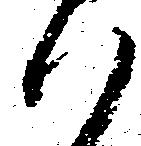
ハ